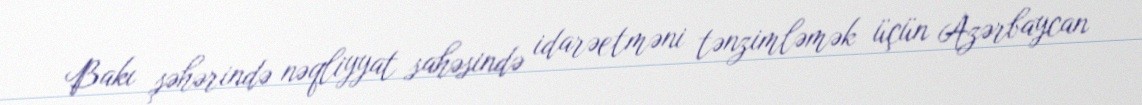
Bakı şəhərində nəqliyyat sahəsində idarəetməni tənzimləmək üçün Azərbaycan